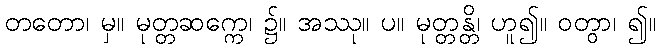
တတော၊ မှ။ မုတ္တဆက္ကေ၊ ၌။ အဿု။ ပ။ မုတ္တန္တိ၊ ဟူ၍။ ဝတွာ၊ ၍။